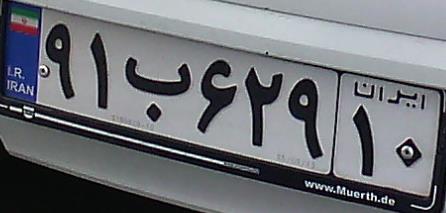
۹۱ب۶۲۹۱۰